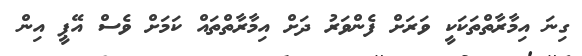
ގިނަ އިމާރާތްތަކަކީ ވަރަށް ފެންވަރު ދަށް އިމާރާތްތައް ކަމަށް ވެސް އޭޕީ އިން